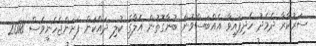
ސަރުކާރާ ދެމެދު ހެދިފައިވާ އެއްބަސްވުން ބުނާގޮތުން އެލާގެ ކުލި ދައްކަން ފަށަންޖެހެނީވެސް 2018